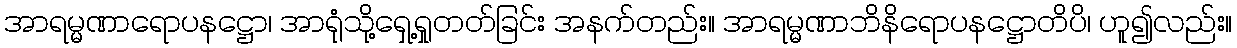
အာရမ္မဏာရောပနဋ္ဌော၊ အာရုံသို့ရှေ့ရှုတတ်ခြင်း အနက်တည်း။ အာရမ္မဏာဘိနိရောပနဋ္ဌောတိပိ၊ ဟူ၍လည်း။